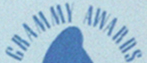
GRAMMY AWARDS